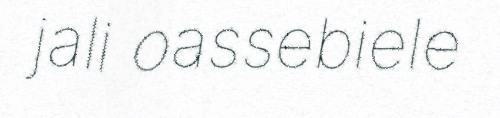
jali oassebiele